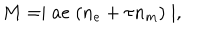
M = \mid a e \; ( n _ { e } + \tau n _ { m } ) \mid ,